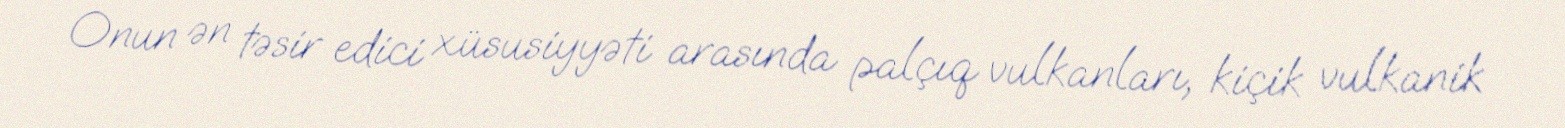
Onun ən təsir edici xüsusiyyəti arasında palçıq vulkanları, kiçik vulkanik